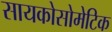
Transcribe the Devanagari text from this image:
सायकोसोमेटिक